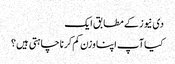
دی نیوز کے مطابق ایک
کیا آپ اپنا وزن کم کرنا چاہتی ہیں ؟